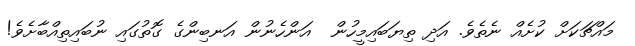
މައްޗަކަށް ކުށެއް ނެތެވެ. އަދި ތިޔަބައިމީހުން  އަންހެނުން އަނބިންގެ ގޮތުގައި ނުބައިތިއްބާށެވެ!